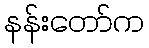
နန်းတော်က